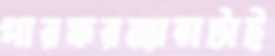
পারফরম্যান্সটাই